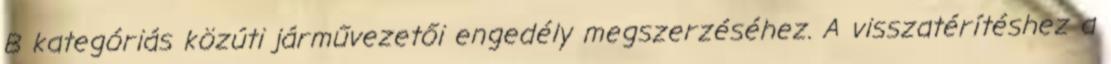
B kategóriás közúti járművezetői engedély megszerzéséhez. A visszatérítéshez a